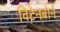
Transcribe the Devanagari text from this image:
विटेनबोर्न